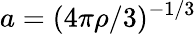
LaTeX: a=(4\pi\rho/3)^{-1/3}